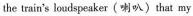
the train's loudspeaker（喇叭）that my